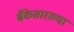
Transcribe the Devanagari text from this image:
बँकेसारख्या